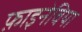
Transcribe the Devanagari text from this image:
फ़ाइनेविया